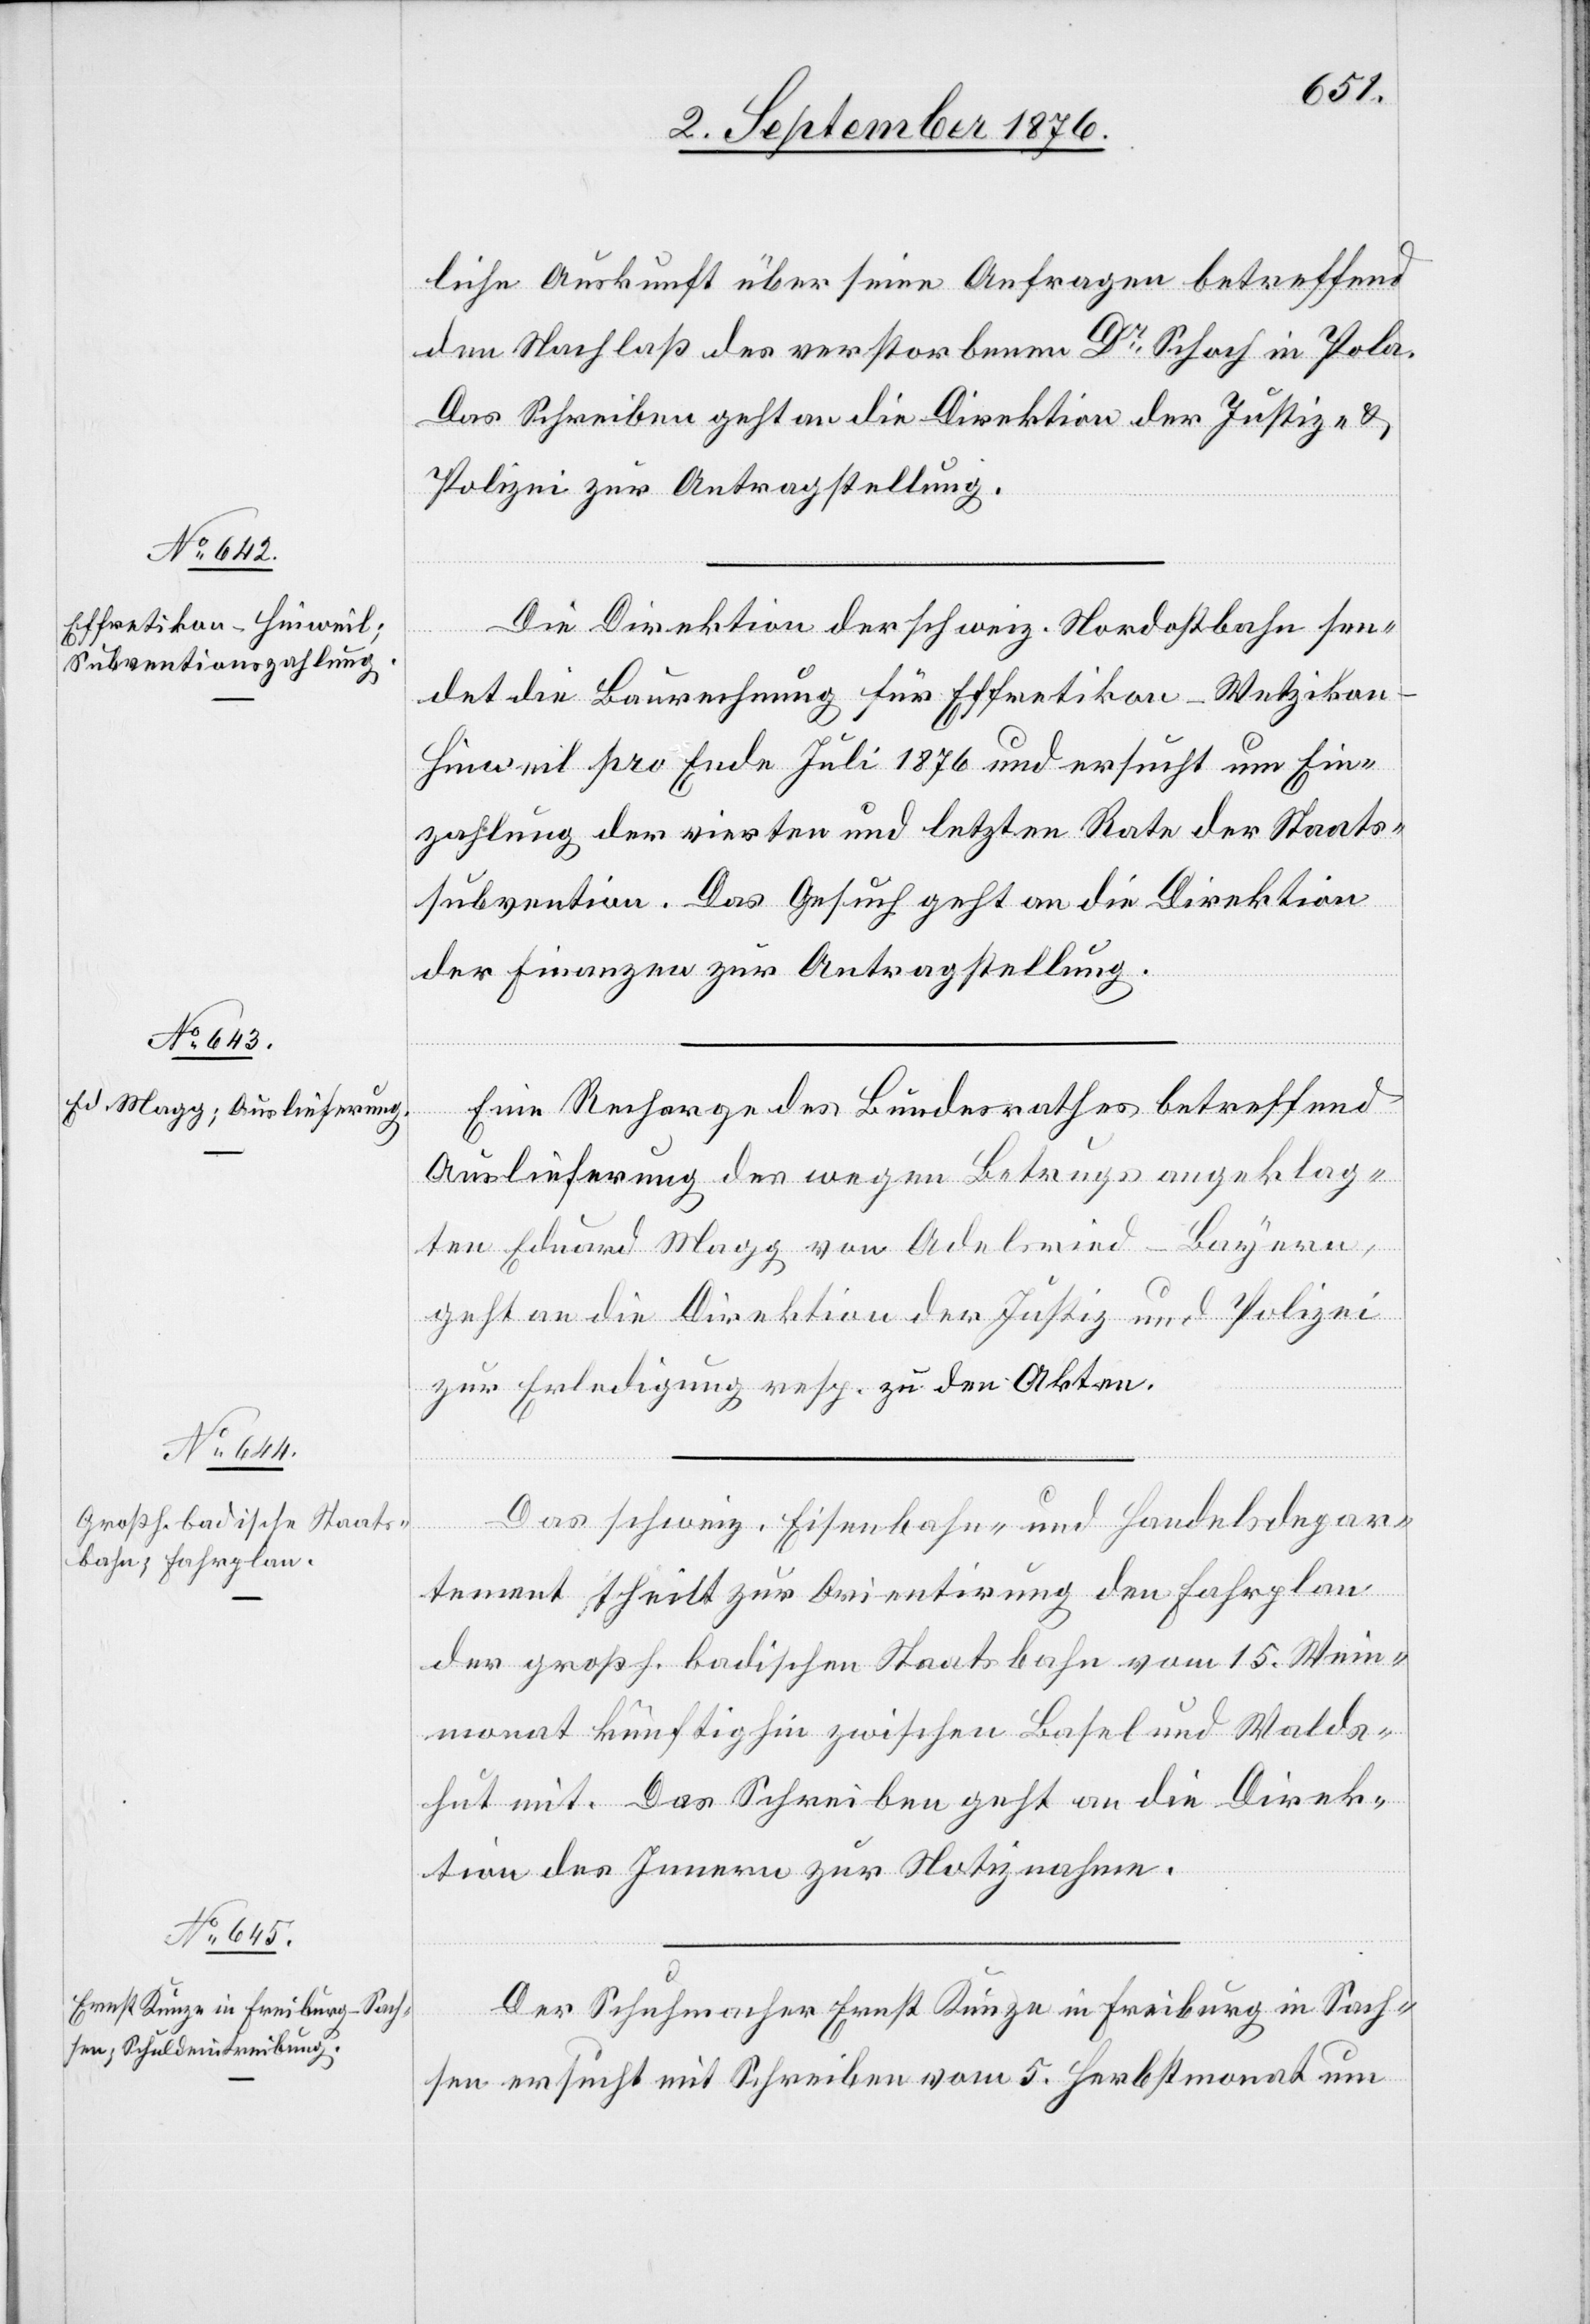
7. September 1876.]
liche Auskunft über seine Anfragen betreffen¬
d Nachlaß des verstorbenen Dr Schoch in Pola.
Das Schreiben geht an die Direktion der Justiz &
Polizei zur Antragstellung.
Die Direktion der schweiz. Nordostbahn sen¬
det die Baurechnung für Effretikon–Wetziko¬
n–Hinweil pro Ende Juli 1876 und ersucht um Ein¬
zahlung der vierten und letzten Rate der Staats¬
subvention. Das Gesucht geht an die Direktion
der Finanzen zur Antragstellung.
Eine Recharge des Bundesrathes betreffend
Auslieferung des wegen Betrugs angeklag¬
ten Eduard Magg von Adelsried - Bayern,
geht an die Direktion der Justiz und Polizei
zur Erledigung resp. zu den Akten.
Das schweiz. Eisenbahn- und Handelsdepar¬
tement theilt zur Orientirung den Fahrplan
der großh. badischen Staatsbahn vom 15. Wein¬
monat künftighin zwischen Basel und Walds¬
hut mit. Das Schreiben geht an die Direk¬
tion des Innern zur Notiznahme.
Der Schuhmacher Ernst Künze in Freiburg in Sach¬
sen ersucht mit Schreiben vom 5. Herbstmonat um